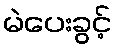
မဲပေးခွင့်